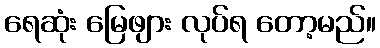
ရေဆုံး မြေဖျား လုပ်ရ တော့မည်။